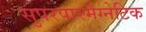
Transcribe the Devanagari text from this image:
सुपरपारमैग्नेटिक